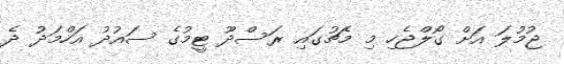
ޖުމުލަ އަށް ގޯލްޖެހި މި މެޗުގައި ރަސްދޫ ޓީމުގެ ސައުދު އަހްމަދު ދެ